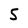
Character: 5